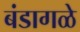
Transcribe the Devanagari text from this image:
बंडागळे